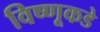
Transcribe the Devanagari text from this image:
विष्णूकडे